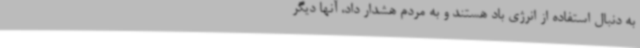
به دنبال استفاده از انرژی باد هستند و به مردم هشدار داد، آنها دیگر